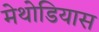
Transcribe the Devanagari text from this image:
मेथोडियास